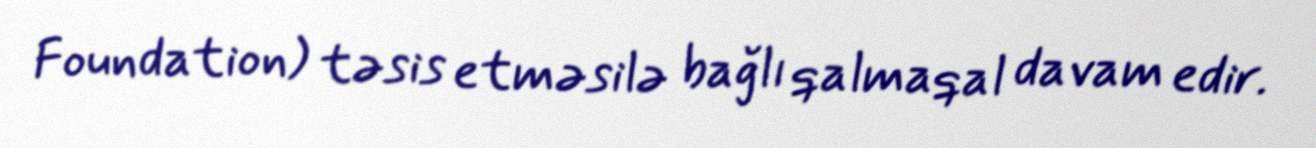
Foundation) təsis etməsilə bağlı qalmaqal davam edir.